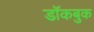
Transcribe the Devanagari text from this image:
डॉकबुक